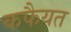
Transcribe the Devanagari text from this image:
कफैयत